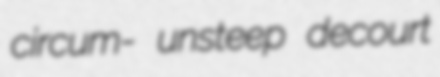
circum- unsteep decourt